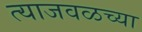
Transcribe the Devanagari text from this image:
त्याजवळच्या